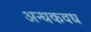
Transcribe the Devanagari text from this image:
अन्धकवध